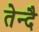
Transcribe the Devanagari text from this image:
तेन्दै